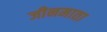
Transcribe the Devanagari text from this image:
जीनमाता